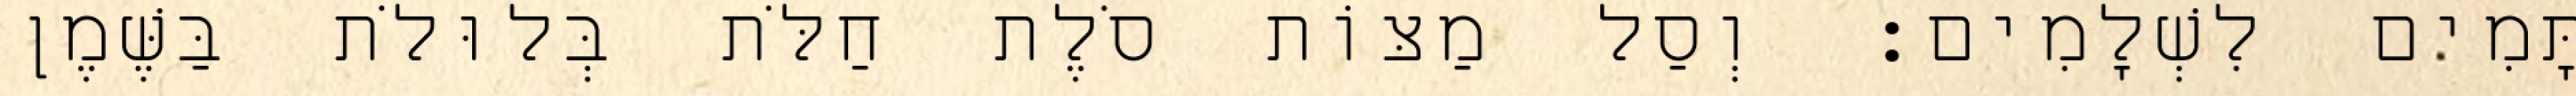
תָּמִים לִשְׁלָמִים׃ וְסַל מַצּוֹת סֹלֶת חַלֹּת בְּלוּלֹת בַּשֶּׁמֶן